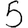
Digit: 5